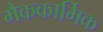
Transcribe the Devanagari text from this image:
मैककार्मिक